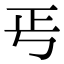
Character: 𭭘